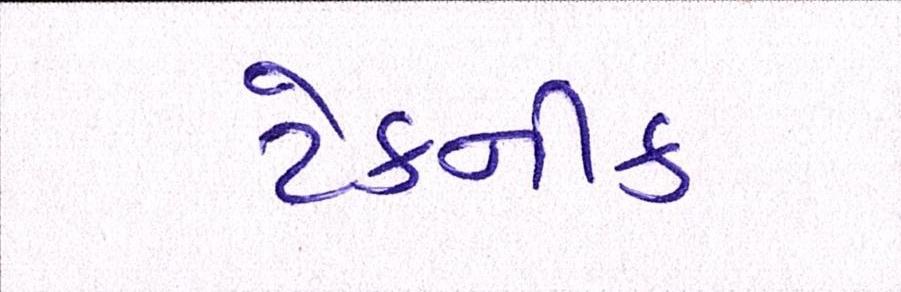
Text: ટેકનીક